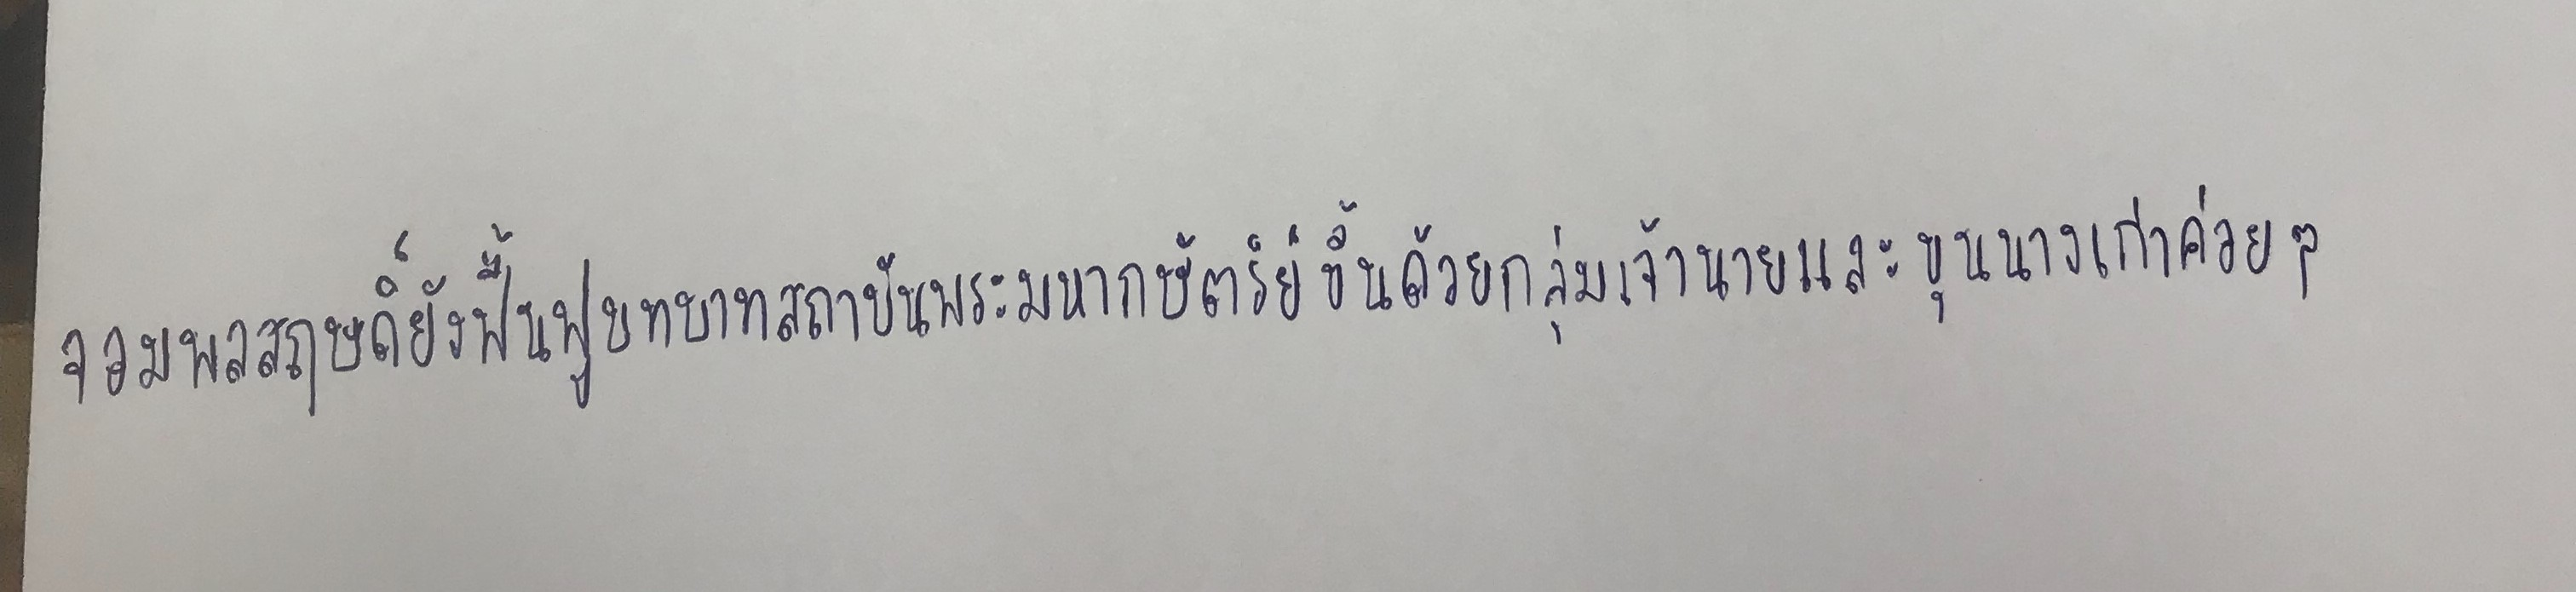
จอมพลสฤษดิ์ยังฟื้นฟูบทบาทสถาบันพระมหากษัตริย์ขึ้นด้วยกลุ่มเจ้านายและขุนนางเก่าค่อยๆ